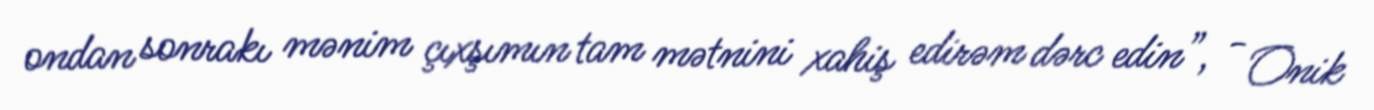
ondan sonrakı mənim çıxşımın tam mətnini xahiş edirəm dərc edin”, - Onik